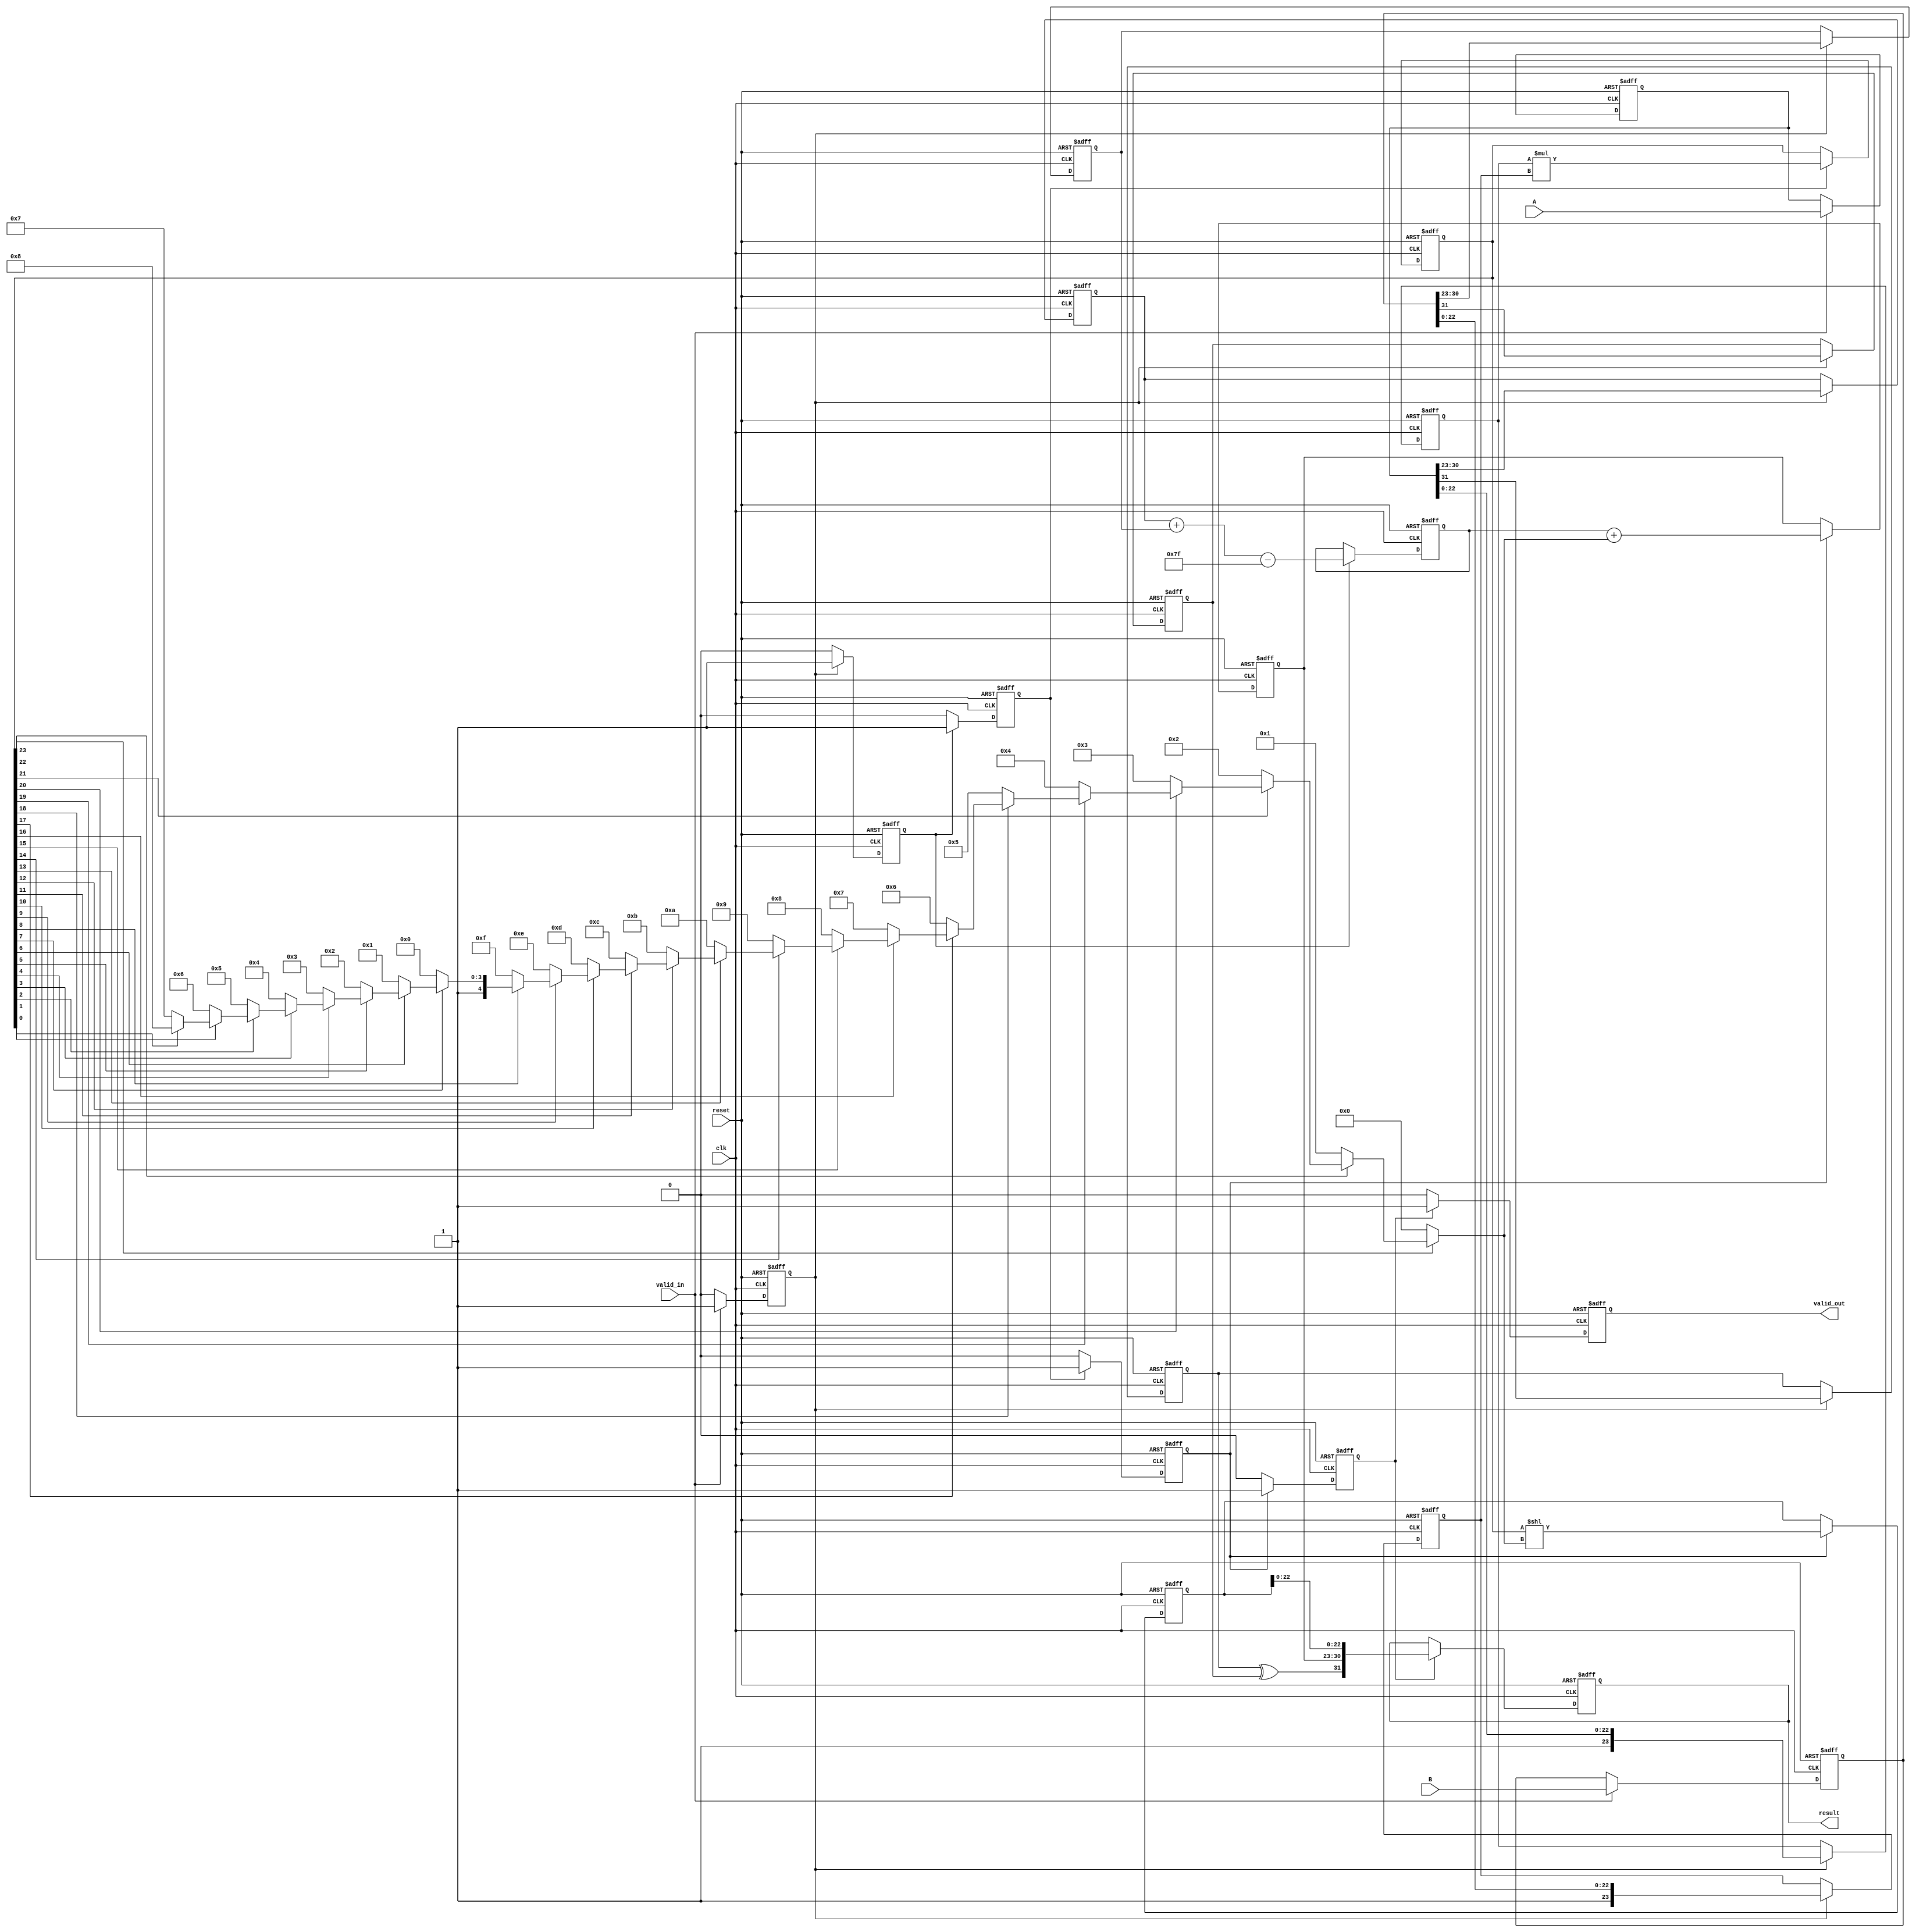
module pipelined_floating_point_multiplier (
    input wire clk,
    input wire reset,
    input wire valid_in,
    input wire [31:0] A,
    input wire [31:0] B,
    output reg valid_out,
    output reg [31:0] result
);

    // Pipeline Registers
    reg [31:0] A_reg, B_reg;                      // Stage 1: Input Register
    reg sign_a, sign_b;                           // Stage 2: Sign bits
    reg [7:0] exp_a, exp_b, exp_res;              // Exponent fields
    reg [23:0] mant_a, mant_b, mant_res;          // Fraction fields
    reg [23:0] mant_mult;                          // Mantissa multiplication result
    reg [23:0] mant_final;                         // Normalized mantissa
    reg [7:0] exp_norm;                            // Normalized exponent
    reg [4:0] leading_zeros;                       // Leading zero count for normalization

    // Constants
    localparam EXPO_BIAS = 8'h7F;                 // Bias for single-precision exponent

    // Control Signals
    reg stage1_valid, stage2_valid, stage3_valid, stage4_valid, stage5_valid;

    // Stage 1: Input Register
    always @(posedge clk or posedge reset) begin
        if (reset) begin
            A_reg <= 32'b0;
            B_reg <= 32'b0;
            stage1_valid <= 1'b0;
        end else begin
            if (valid_in) begin
                A_reg <= A;
                B_reg <= B;
                stage1_valid <= 1'b1;
            end else begin
                stage1_valid <= 1'b0;
            end
        end
    end

    // Stage 2: Decompose Operands
    always @(posedge clk or posedge reset) begin
        if (reset) begin
            sign_a <= 1'b0;
            sign_b <= 1'b0;
            exp_a <= 8'b0;
            exp_b <= 8'b0;
            mant_a <= 24'b0;
            mant_b <= 24'b0;
            stage2_valid <= 1'b0;
        end else if (stage1_valid) begin
            sign_a <= A_reg[31];
            sign_b <= B_reg[31];
            exp_a <= A_reg[30:23];
            exp_b <= B_reg[30:23];
            mant_a <= {1'b1, A_reg[22:0]}; // Implicit leading 1 for normalized values
            mant_b <= {1'b1, B_reg[22:0]}; // Implicit leading 1 for normalized values
            stage2_valid <= 1'b1;
        end else begin
            stage2_valid <= 1'b0;
        end
    end

    // Stage 3: Exponent Calculation
    always @(posedge clk or posedge reset) begin
        if (reset) begin
            exp_res <= 8'b0;
            stage3_valid <= 1'b0;
        end else if (stage2_valid) begin
            exp_res <= exp_a + exp_b - EXPO_BIAS; // Add exponents and adjust for bias
            stage3_valid <= 1'b1;
        end else begin
            stage3_valid <= 1'b0;
        end
    end

    // Stage 4: Mantissa Multiplication
    always @(posedge clk or posedge reset) begin
        if (reset) begin
            mant_mult <= 24'b0;
            stage4_valid <= 1'b0;
        end else if (stage3_valid) begin
            mant_mult <= mant_a * mant_b; // Multiplication of mantissas
            stage4_valid <= 1'b1;
        end else begin
            stage4_valid <= 1'b0;
        end
    end

    // Stage 5: Normalize Result
    always @(posedge clk or posedge reset) begin
        if (reset) begin
            mant_final <= 24'b0;
            exp_norm <= 8'b0;
            leading_zeros <= 5'b0;
            stage5_valid <= 1'b0;
        end else if (stage4_valid) begin
            // Count leading zeros for normalization
            leading_zeros = (mant_mult[23] == 1'b0) ? 0 :
                            (mant_mult[22] == 1'b0) ? 1 :
                            (mant_mult[21] == 1'b0) ? 2 :
                            (mant_mult[20] == 1'b0) ? 3 :
                            (mant_mult[19] == 1'b0) ? 4 :
                            (mant_mult[18] == 1'b0) ? 5 :
                            (mant_mult[17] == 1'b0) ? 6 :
                            (mant_mult[16] == 1'b0) ? 7 :
                            (mant_mult[15] == 1'b0) ? 8 :
                            (mant_mult[14] == 1'b0) ? 9 :
                            (mant_mult[13] == 1'b0) ? 10 :
                            (mant_mult[12] == 1'b0) ? 11 :
                            (mant_mult[11] == 1'b0) ? 12 :
                            (mant_mult[10] == 1'b0) ? 13 :
                            (mant_mult[9] == 1'b0)  ? 14 :
                            (mant_mult[8] == 1'b0)  ? 15 :
                            (mant_mult[7] == 1'b0)  ? 16 :
                            (mant_mult[6] == 1'b0)  ? 17 :
                            (mant_mult[5] == 1'b0)  ? 18 :
                            (mant_mult[4] == 1'b0)  ? 19 :
                            (mant_mult[3] == 1'b0)  ? 20 :
                            (mant_mult[2] == 1'b0)  ? 21 :
                            (mant_mult[1] == 1'b0)  ? 22 :
                            (mant_mult[0] == 1'b0)  ? 23 : 24;

            // Normalize mantissa
            mant_final <= mant_mult << leading_zeros;
            exp_norm <= exp_res + leading_zeros; // Adjust exponent based on leading zeros
            stage5_valid <= 1'b1;
        end else begin
            stage5_valid <= 1'b0;
        end
    end

    // Stage 6: Final Output Register
    always @(posedge clk or posedge reset) begin
        if (reset) begin
            result <= 32'b0;
            valid_out <= 1'b0;
        end else if (stage5_valid) begin
            result <= {sign_a ^ sign_b, exp_norm, mant_final[22:0]}; // Combine sign, exponent, mantissa
            valid_out <= 1'b1;
        end else begin
            valid_out <= 1'b0;
        end
    end

endmodule